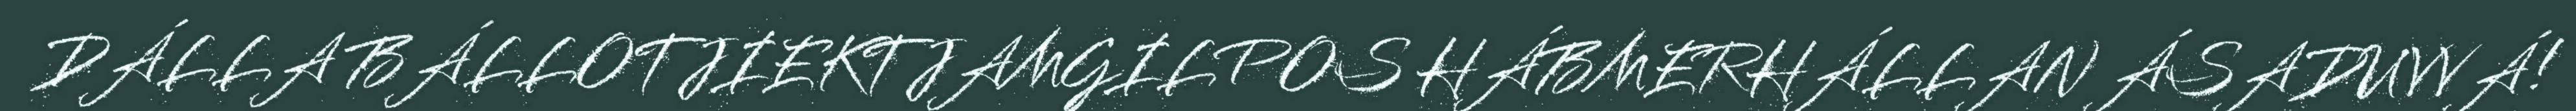
DÁLLA BÁLLOTJIEKTJAMGILPOS HÁBMERHÁLLAN ÁSADUVVÁ!